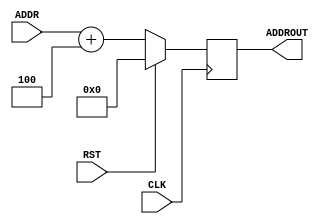
module PC(ADDR, ADDROUT, CLK, RST);
    input CLK;
    input [31:0] ADDR;
    input RST;
    output reg [31:0] ADDROUT;

    
    always @(posedge CLK) begin
        if (RST) ADDROUT <= 0; else begin
        ADDROUT <= ADDR + 4'b0100; // INST .
        end
    end


endmodule